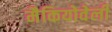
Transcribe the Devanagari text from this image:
मैकियोवेली